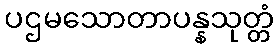
ပဌမသောတာပန္နသုတ္တံ